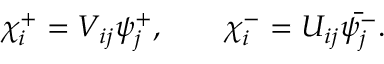
\chi _ { i } ^ { + } = V _ { i j } \psi _ { j } ^ { + } , \qquad \chi _ { i } ^ { - } = U _ { i j } \bar { \psi _ { j } ^ { - } } .